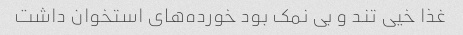
غذا خیی تند و بی نمک بود خورده‌های استخوان داشت